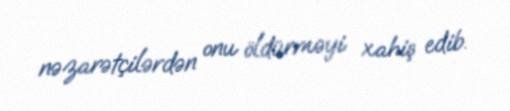
nəzarətçilərdən onu öldürməyi xahiş edib.